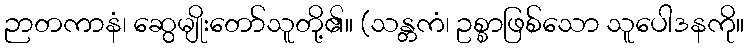
ဉာတကာနံ၊ ဆွေမျိုးတော်သူတို့၏။ (သန္တကံ၊ ဥစ္စာဖြစ်သော သူပေါဒနကို။